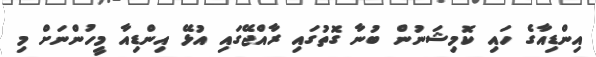
އިންޑިއާގެ ހައި ކޮމިޝަނުން ބުނާ ގޮތުގައި ރާއްޖޭގައި އުޅޭ އިންޑިއާ މީހުންނަށް މި